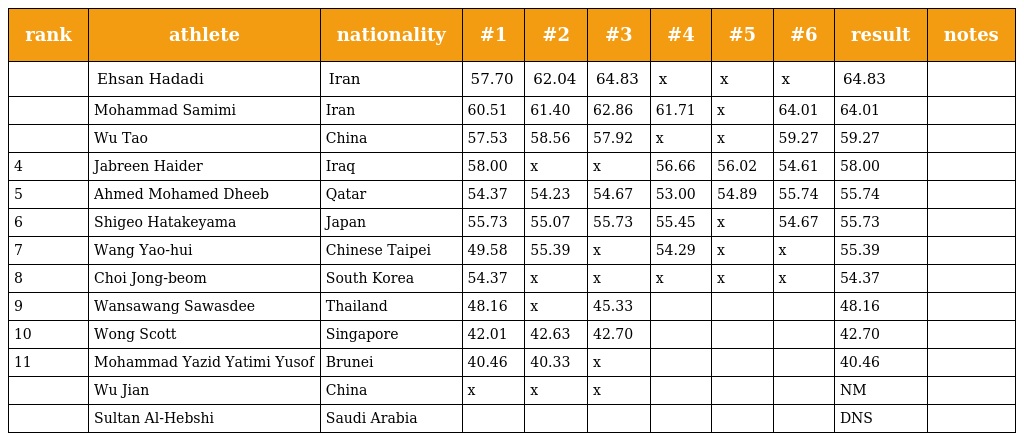
| rank | athlete | nationality | #1 | #2 | #3 | #4 | #5 | #6 | result | notes |
 | --- | --- | --- | --- | --- | --- | --- | --- | --- | --- | --- |
 |  | Ehsan Hadadi | Iran | 57.70 | 62.04 | 64.83 | x | x | x | 64.83 |  |
 |  | Mohammad Samimi | Iran | 60.51 | 61.40 | 62.86 | 61.71 | x | 64.01 | 64.01 |  |
 |  | Wu Tao | China | 57.53 | 58.56 | 57.92 | x | x | 59.27 | 59.27 |  |
 | 4 | Jabreen Haider | Iraq | 58.00 | x | x | 56.66 | 56.02 | 54.61 | 58.00 |  |
 | 5 | Ahmed Mohamed Dheeb | Qatar | 54.37 | 54.23 | 54.67 | 53.00 | 54.89 | 55.74 | 55.74 |  |
 | 6 | Shigeo Hatakeyama | Japan | 55.73 | 55.07 | 55.73 | 55.45 | x | 54.67 | 55.73 |  |
 | 7 | Wang Yao-hui | Chinese Taipei | 49.58 | 55.39 | x | 54.29 | x | x | 55.39 |  |
 | 8 | Choi Jong-beom | South Korea | 54.37 | x | x | x | x | x | 54.37 |  |
 | 9 | Wansawang Sawasdee | Thailand | 48.16 | x | 45.33 |  |  |  | 48.16 |  |
 | 10 | Wong Scott | Singapore | 42.01 | 42.63 | 42.70 |  |  |  | 42.70 |  |
 | 11 | Mohammad Yazid Yatimi Yusof | Brunei | 40.46 | 40.33 | x |  |  |  | 40.46 |  |
 |  | Wu Jian | China | x | x | x |  |  |  | NM |  |
 |  | Sultan Al-Hebshi | Saudi Arabia |  |  |  |  |  |  | DNS |  |